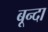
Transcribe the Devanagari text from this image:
बून्दा